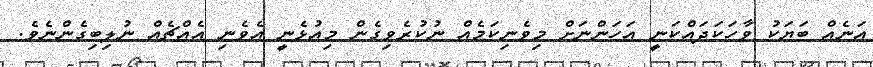
އަނެއް ބަޔަކު ވާހަކަދައްކަނީ އަހަންނަށް މިވެނިކަމެއް ނުކުރެވިގެން މިއުޅެނީ އެވެނި އެއްޗެއް ނުލިބިގެންނެވެ.